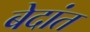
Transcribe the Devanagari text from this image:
बेदांत